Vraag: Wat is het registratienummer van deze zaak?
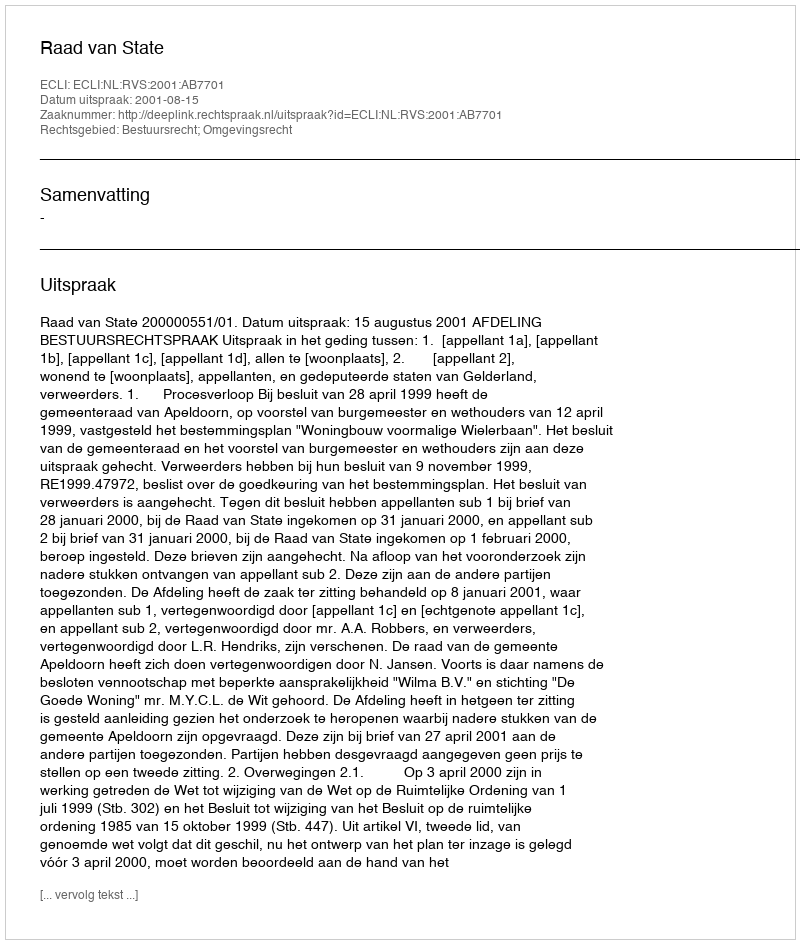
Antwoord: http://deeplink.rechtspraak.nl/uitspraak?id=ECLI:NL:RVS:2001:AB7701